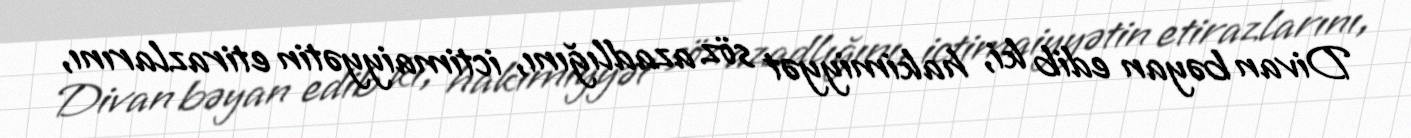
Divan bəyan edib ki, hakimiyyət söz azadlığını, ictimaiyyətin etirazlarını,